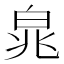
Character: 㿡